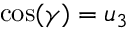
\cos ( \gamma ) = u _ { 3 }